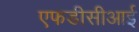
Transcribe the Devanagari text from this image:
एफडीसीआई